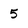
Character: 5